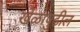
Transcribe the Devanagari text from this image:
खेळापुढील